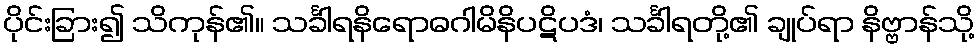
ပိုင်းခြား၍ သိကုန်၏။ သင်္ခါရနိရောဓဂါမိနိပဋိပဒံ၊ သင်္ခါရတို့၏ ချုပ်ရာ နိဗ္ဗာန်သို့